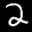
Label: 2